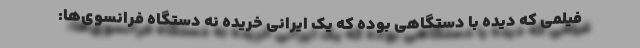
فیلمی که دیده با دستگاهی بوده که یک ایرانی خریده نه دستگاه فرانسوی‌ها: